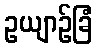
ဥယျာဉ်ခြံ